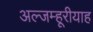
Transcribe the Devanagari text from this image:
अल्जम्हूरीयाह